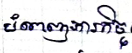
បំពេញភារកិច្ច